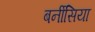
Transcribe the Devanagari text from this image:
बर्नीसिया